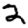
Digit: 2